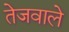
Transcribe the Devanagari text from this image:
तेजवाले